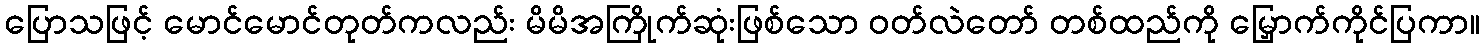
ပြောသဖြင့် မောင်မောင်တုတ်ကလည်း မိမိအကြိုက်ဆုံးဖြစ်သော ဝတ်လဲတော် တစ်ထည်ကို မြှောက်ကိုင်ပြကာ။